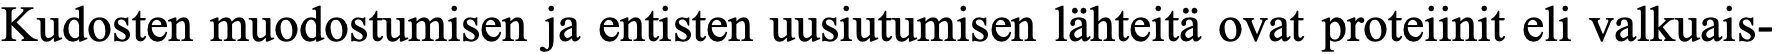
Kudosten muodostumisen ja entisten uusiutumisen lähteitä ovat proteiinit eli valkuais-